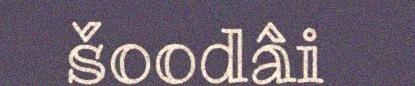
šoodâi